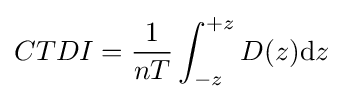
CTDI={\frac {1}{nT}}\int _{-z}^{+z}{D(z){\text{d}}z}